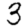
Digit: 3